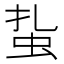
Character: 𧉒